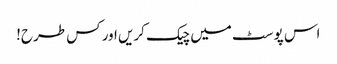
اس پوسٹ میں چیک کریں اور کس طرح!